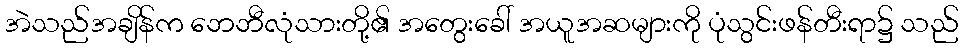
အဲသည်အချိန်က ဘေဘီလုံသားတို့၏ အတွေးခေါ် အယူအဆများကို ပုံသွင်းဖန်တီးရာ၌ သည်